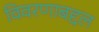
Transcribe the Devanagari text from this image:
विवरणाबद्दल